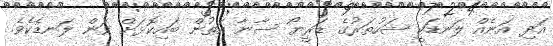
އަދި އަނެއް ލަނޑަކީ ޝަހުތަރުގެ ޑަރީޔޯ ސާނާ އަތުން ބައިކޮޅަށް ވަން ލަނޑެކެވެ.